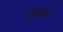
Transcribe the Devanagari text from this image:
गोरमेन